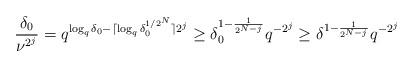
LaTeX: \begin{align*}\frac{\delta_0}{\nu^{2^j}} = q^{\log_{q}\delta_0 - \lceil \log_{q}\delta_{0}^{1/2^N}\rceil 2^{j}} \geq \delta_{0}^{1 - \frac{1}{2^{N - j}}}q^{-2^j} \geq \delta^{1 - \frac{1}{2^{N - j}}}q^{-2^j}\end{align*}